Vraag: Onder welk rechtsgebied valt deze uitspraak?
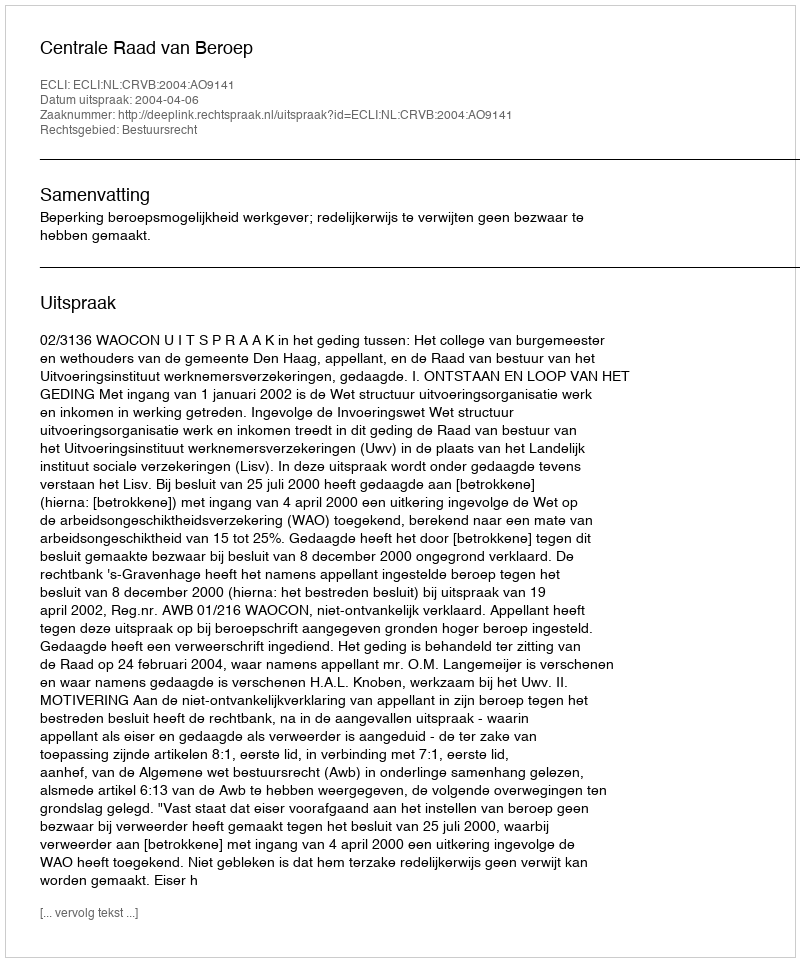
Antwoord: Bestuursrecht